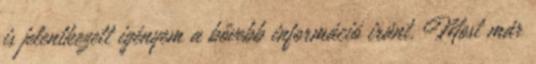
is jelentkezett igényem a bővebb információ iránt. Most már